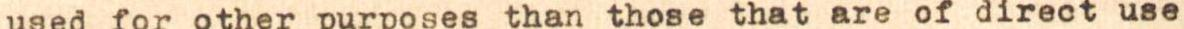
used for other purposes than those that are of direct use